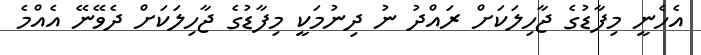
އެހެނީ މިފާޑުގެ ޖާހިލަކަށް ރައްދު ނު ދިނުމަކީ މިފާޑުގެ ޖާހިލަކަށް ދެވޭނޭ އެއްމެ